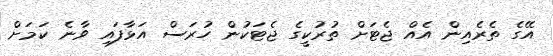
އޭގެ ތެރެއިން އެއް ޖެޓަށް ތުރުކީގެ ޖެޓަކުން ހުރަސް އަޅާފައި ވާނެ ކަމަށް